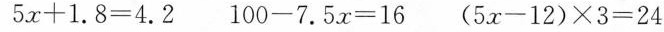
$$5 x + 1 . 8 = 4 . 2$$